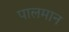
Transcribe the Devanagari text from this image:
पालमान